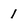
Character: 1